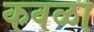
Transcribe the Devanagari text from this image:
कवळा